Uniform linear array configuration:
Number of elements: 4
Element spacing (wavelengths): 0.25
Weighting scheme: blackman
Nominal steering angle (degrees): -15
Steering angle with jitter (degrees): -14.19
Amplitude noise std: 0.05
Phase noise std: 0.05

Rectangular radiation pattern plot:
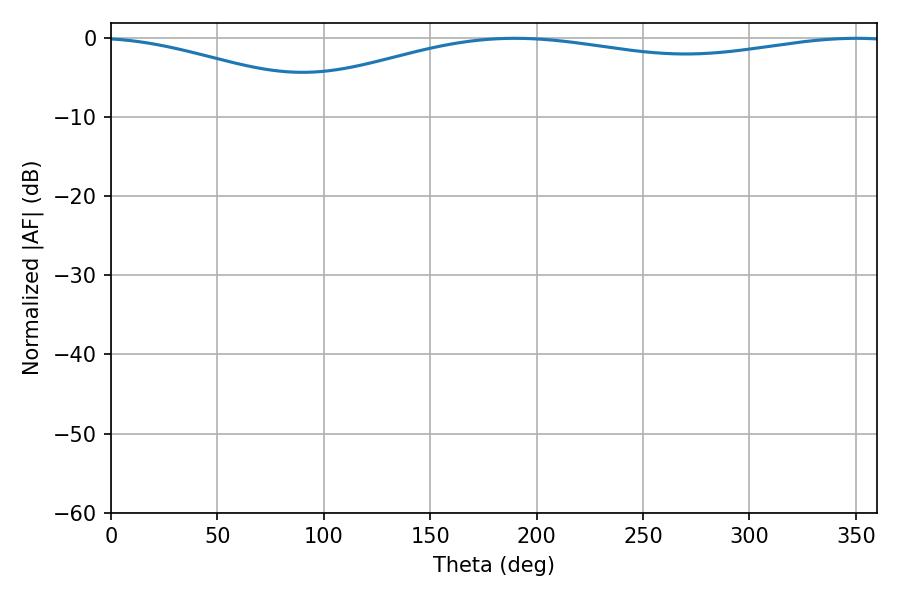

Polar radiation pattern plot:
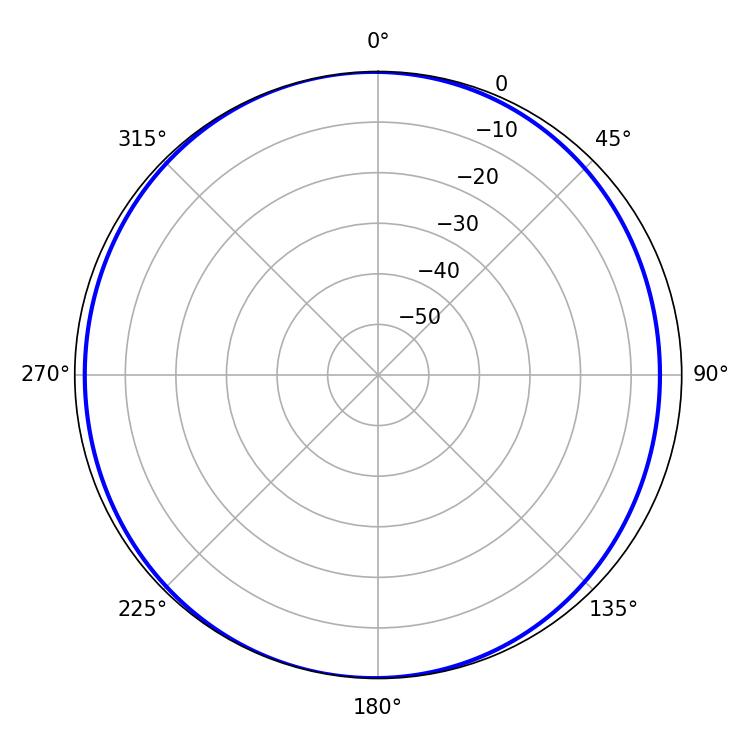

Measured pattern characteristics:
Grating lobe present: FALSE
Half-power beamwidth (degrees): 236.34
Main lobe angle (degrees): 189.72